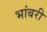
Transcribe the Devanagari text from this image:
भांबरी